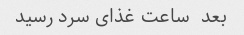
بعد  ساعت غذای سرد رسید